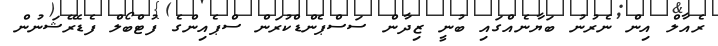
ރެއާލް އިން ނެރުނު ބަޔާނެއްގައި ބުނީ ޒިދާން ސަސްޕެންޑްކުރަން ސްޕެއިންގެ ފުޓްބޯލް ފެޑެރޭޝަނުން